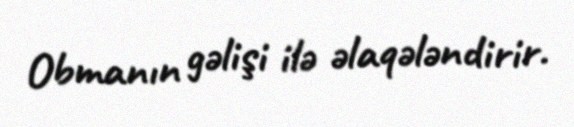
Obmanın gəlişi ilə əlaqələndirir.